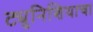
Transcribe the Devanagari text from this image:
ट्युनिशियाचा